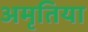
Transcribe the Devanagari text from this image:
अमृतिया